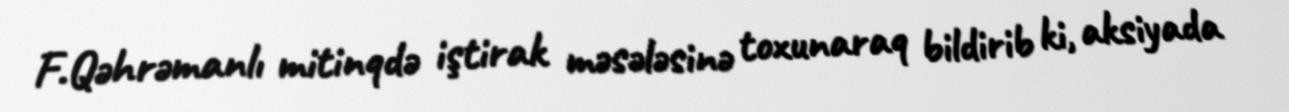
F.Qəhrəmanlı mitinqdə iştirak məsələsinə toxunaraq bildirib ki, aksiyada